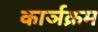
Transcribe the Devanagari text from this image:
कार्ञक्रम